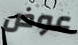
عوض